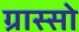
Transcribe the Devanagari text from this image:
ग्रास्सो